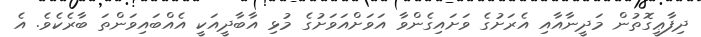
ދިފާޢީގޮތުން މަދީނާއާއި އެރަށުގެ ވަށައިގެންވާ އަވަށްއަވަށުގެ މުޅި އާބާދީއަކީ އެއްބައިވަންތަ ބާރެކެވެ. އެ